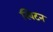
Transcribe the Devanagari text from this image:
स्विटन